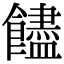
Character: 𩟝